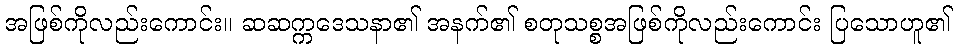
အဖြစ်ကိုလည်းကောင်း။ ဆဆက္ကဒေသနာ၏ အနက်၏ စတုသစ္စအဖြစ်ကိုလည်းကောင်း ပြသောဟူ၏